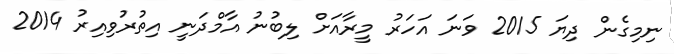
ނިމިގެން ދިޔަ 2015 ވަނަ އަހަރު މީރާއަށް ލިބުނު އާމްދަނީ އިތުރުވިއިރު 2014